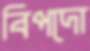
বিপদো